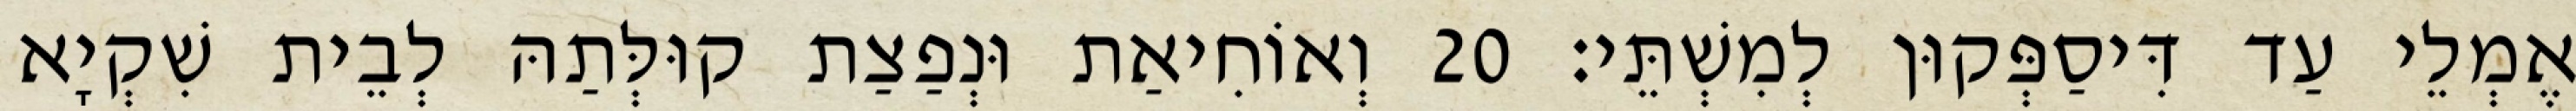
אֶמְלֵי עַד דִּיסַפְּקוּן לְמִשְׁתֵּי׃ 20 וְאוֹחִיאַת וּנְפַצַת קוּלְּתַהּ לְבֵית שִׁקְיָא